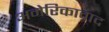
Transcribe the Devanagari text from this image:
अमेरिकावाद